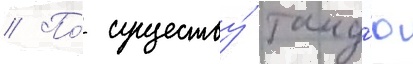
// По́ существу́ таку́ю